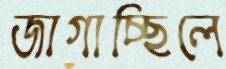
জাগাচ্ছিলে